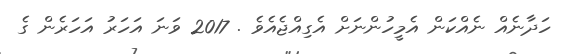
ހަދާނެއް ނެއްކަން އެމީހުންނަށް އެގިއްޖެއެވެ . 2017 ވަނަ އަހަރު އަހަރެން ގެ